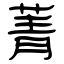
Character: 菁